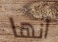
أنها